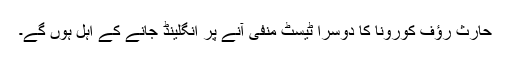
حارث رؤف کورونا کا دوسرا ٹیسٹ منفی آنے پر انگلینڈ جانے کے اہل ہوں گے۔